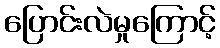
ပြောင်းလဲမှုကြောင့်